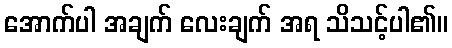
အောက်ပါ အချက် လေးချက် အရ သိသင့်ပါ၏။